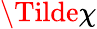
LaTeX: \Tilde{\chi}